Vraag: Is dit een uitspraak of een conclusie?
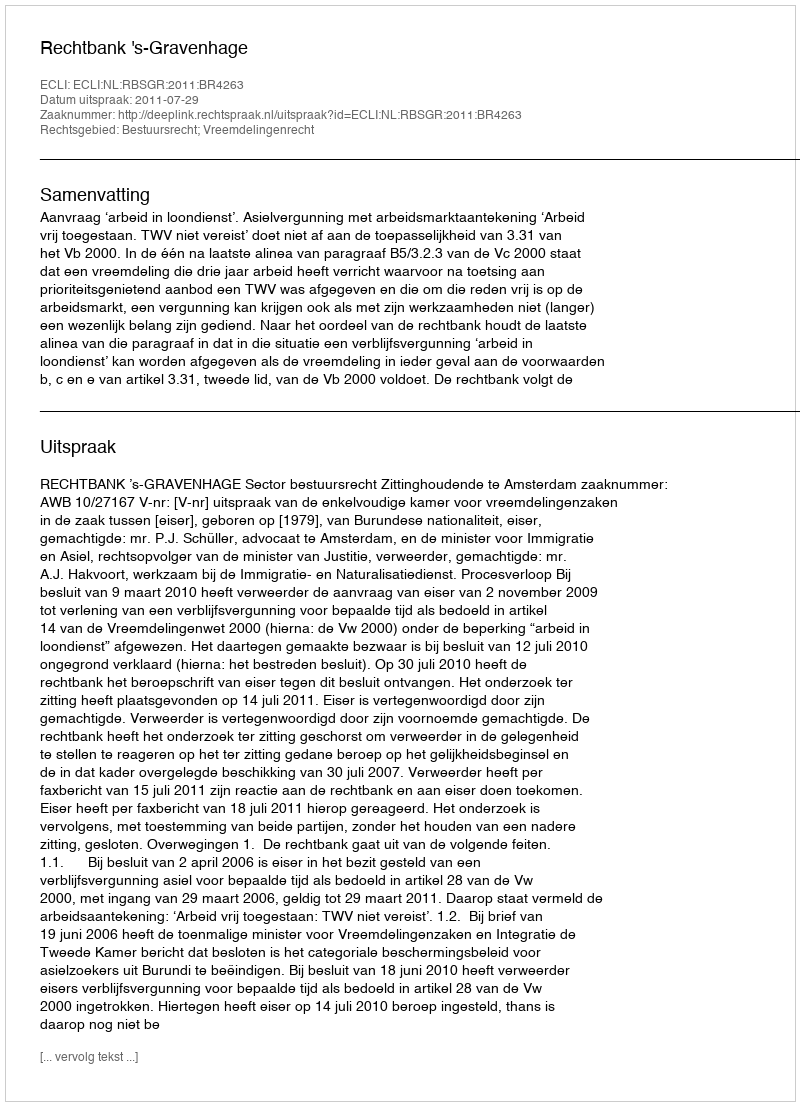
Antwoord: Uitspraak